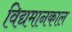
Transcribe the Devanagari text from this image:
विद्यमानकाल